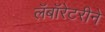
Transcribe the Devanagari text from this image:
लॅबॉरेटरीने